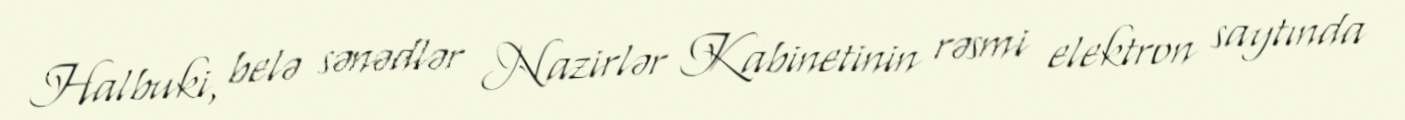
Halbuki, belə sənədlər Nazirlər Kabinetinin rəsmi elektron saytında